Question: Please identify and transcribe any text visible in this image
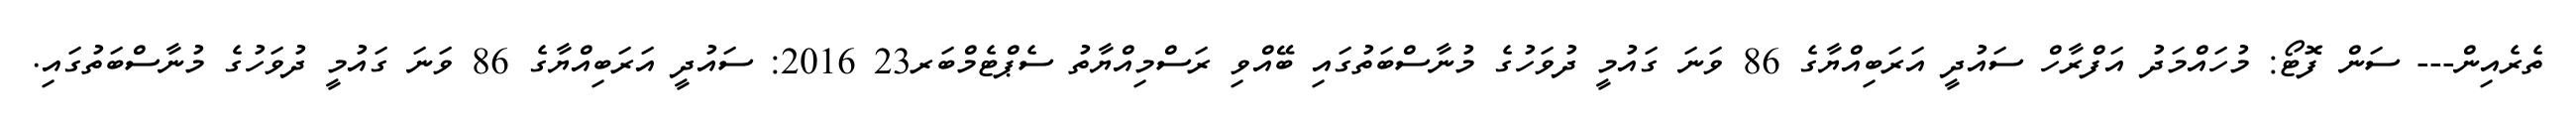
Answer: ތެރެއިން--- ސަން ފޮޓޯ: މުހައްމަދު އަފްރާހް ސައުދީ އަރަބިއްޔާގެ 86 ވަނަ ގައުމީ ދުވަހުގެ މުނާސްބަތުގައި ބޭއްވި ރަސްމިއްޔާތު ސެޕްޓެމްބަރ23 2016: ސައުދީ އަރަބިއްޔާގެ 86 ވަނަ ގައުމީ ދުވަހުގެ މުނާސްބަތުގައި.